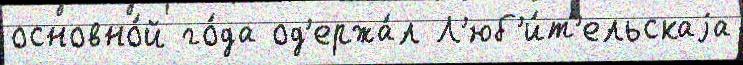
основно́й го́да од'ержа́л Л'юб'и́т'ельскаjа